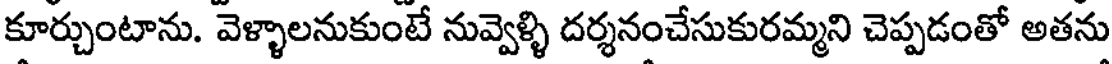
కూర్చుంటాను. వెళ్ళాలనుకుంటే నువ్వెళ్ళి దర్శనంచేసుకురమ్మని చెప్పడంతో అతను